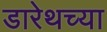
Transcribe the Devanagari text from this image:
डारेथच्या